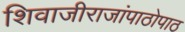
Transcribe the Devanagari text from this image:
शिवाजीराजांपाठोपाठ